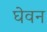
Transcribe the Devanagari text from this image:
घेवन